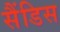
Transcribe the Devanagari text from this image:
सैंडिस